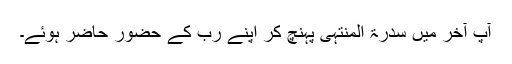
آپؐ آخر میں سدرۃ المنتہیٰ پہنچ کر اپنے رب کے حضور حاضر ہوئے۔